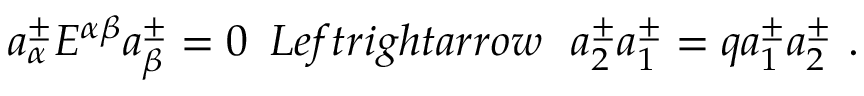
a _ { \alpha } ^ { \pm } { \cal E } ^ { \alpha \beta } a _ { \beta } ^ { \pm } = 0 \ \, L e f t r i g h t a r r o w \ \ a _ { 2 } ^ { \pm } a _ { 1 } ^ { \pm } = q a _ { 1 } ^ { \pm } a _ { 2 } ^ { \pm } \ .